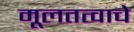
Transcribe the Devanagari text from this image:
मूलतत्वाचे